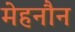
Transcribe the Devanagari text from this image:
मेहनौन